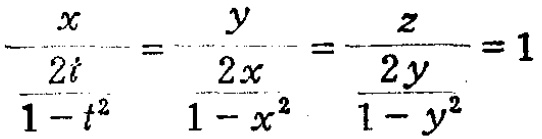
\(\frac{x}{\frac{2t}{1 - t^{2}}}=\frac{y}{\frac{2x}{1 - x^{2}}}=\frac{z}{\frac{2y}{1 - y^{2}}}=1\)